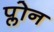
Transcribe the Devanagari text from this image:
प्लोन